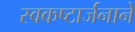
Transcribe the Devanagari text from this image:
स्वकष्टार्जनाने